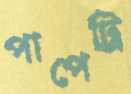
পাপেট্রি